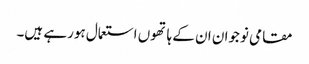
مقامی نوجوان ان کے ہاتھوں استعمال ہورہے ہیں۔